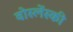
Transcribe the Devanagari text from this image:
वोस्लेंस्की